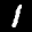
Label: 1